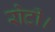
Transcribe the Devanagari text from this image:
रोटी।